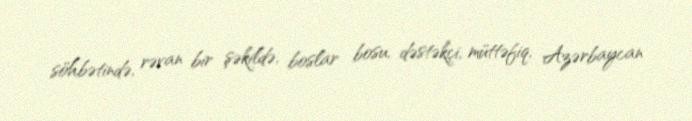
söhbətində, rəvan bir şəkildə, boslar bosu, dəstəkçi, müttəfiq, Azərbaycan